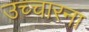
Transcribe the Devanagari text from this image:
उच्चारना